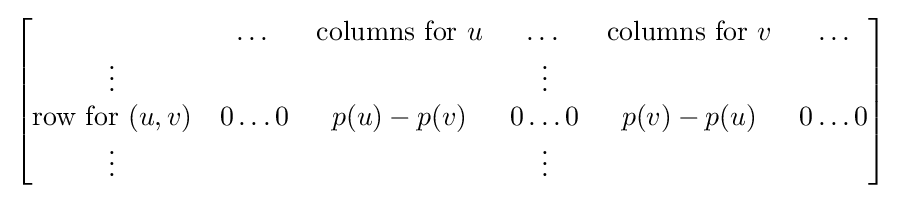
{\begin{bmatrix}\,&\dots &{\text{columns for }}u&\dots &{\text{columns for }}v&\dots \\\vdots &\,&\,&\vdots &\,&\,\\{\text{row for }}(u,v)&0\dots 0&p(u)-p(v)&0\dots 0&p(v)-p(u)&0\dots 0\\\vdots &\,&\,&\vdots &\,&\,\end{bmatrix}}